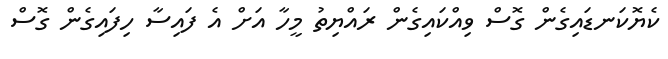
ކެޔޮކަނޑައިގެން ގޮސް ވިއްކައިގެން ރައްޔިތު މީހާ އަށް އެ ފައިސާ ހިފައިގެން ގޮސް